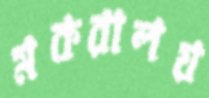
মকরালয়